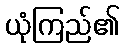
ယုံကြည်၏